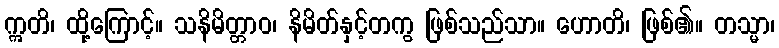
ဣတိ၊ ထို့ကြောင့်။ သနိမိတ္တာဝ၊ နိမိတ်နှင့်တကွ ဖြစ်သည်သာ။ ဟောတိ၊ ဖြစ်၏။ တသ္မာ၊